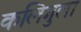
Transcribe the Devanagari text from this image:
कलिगुला